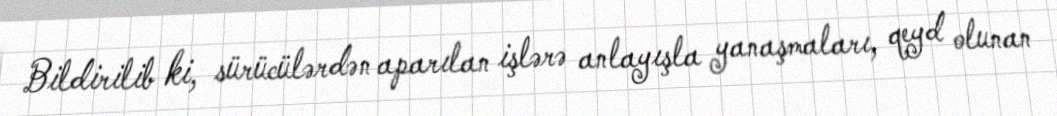
Bildirilib ki, sürücülərdən aparılan işlərə anlayışla yanaşmaları, qeyd olunan